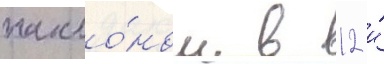
накло́ном в 12 и́